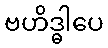
ဗဟိဒ္ဓါပေ